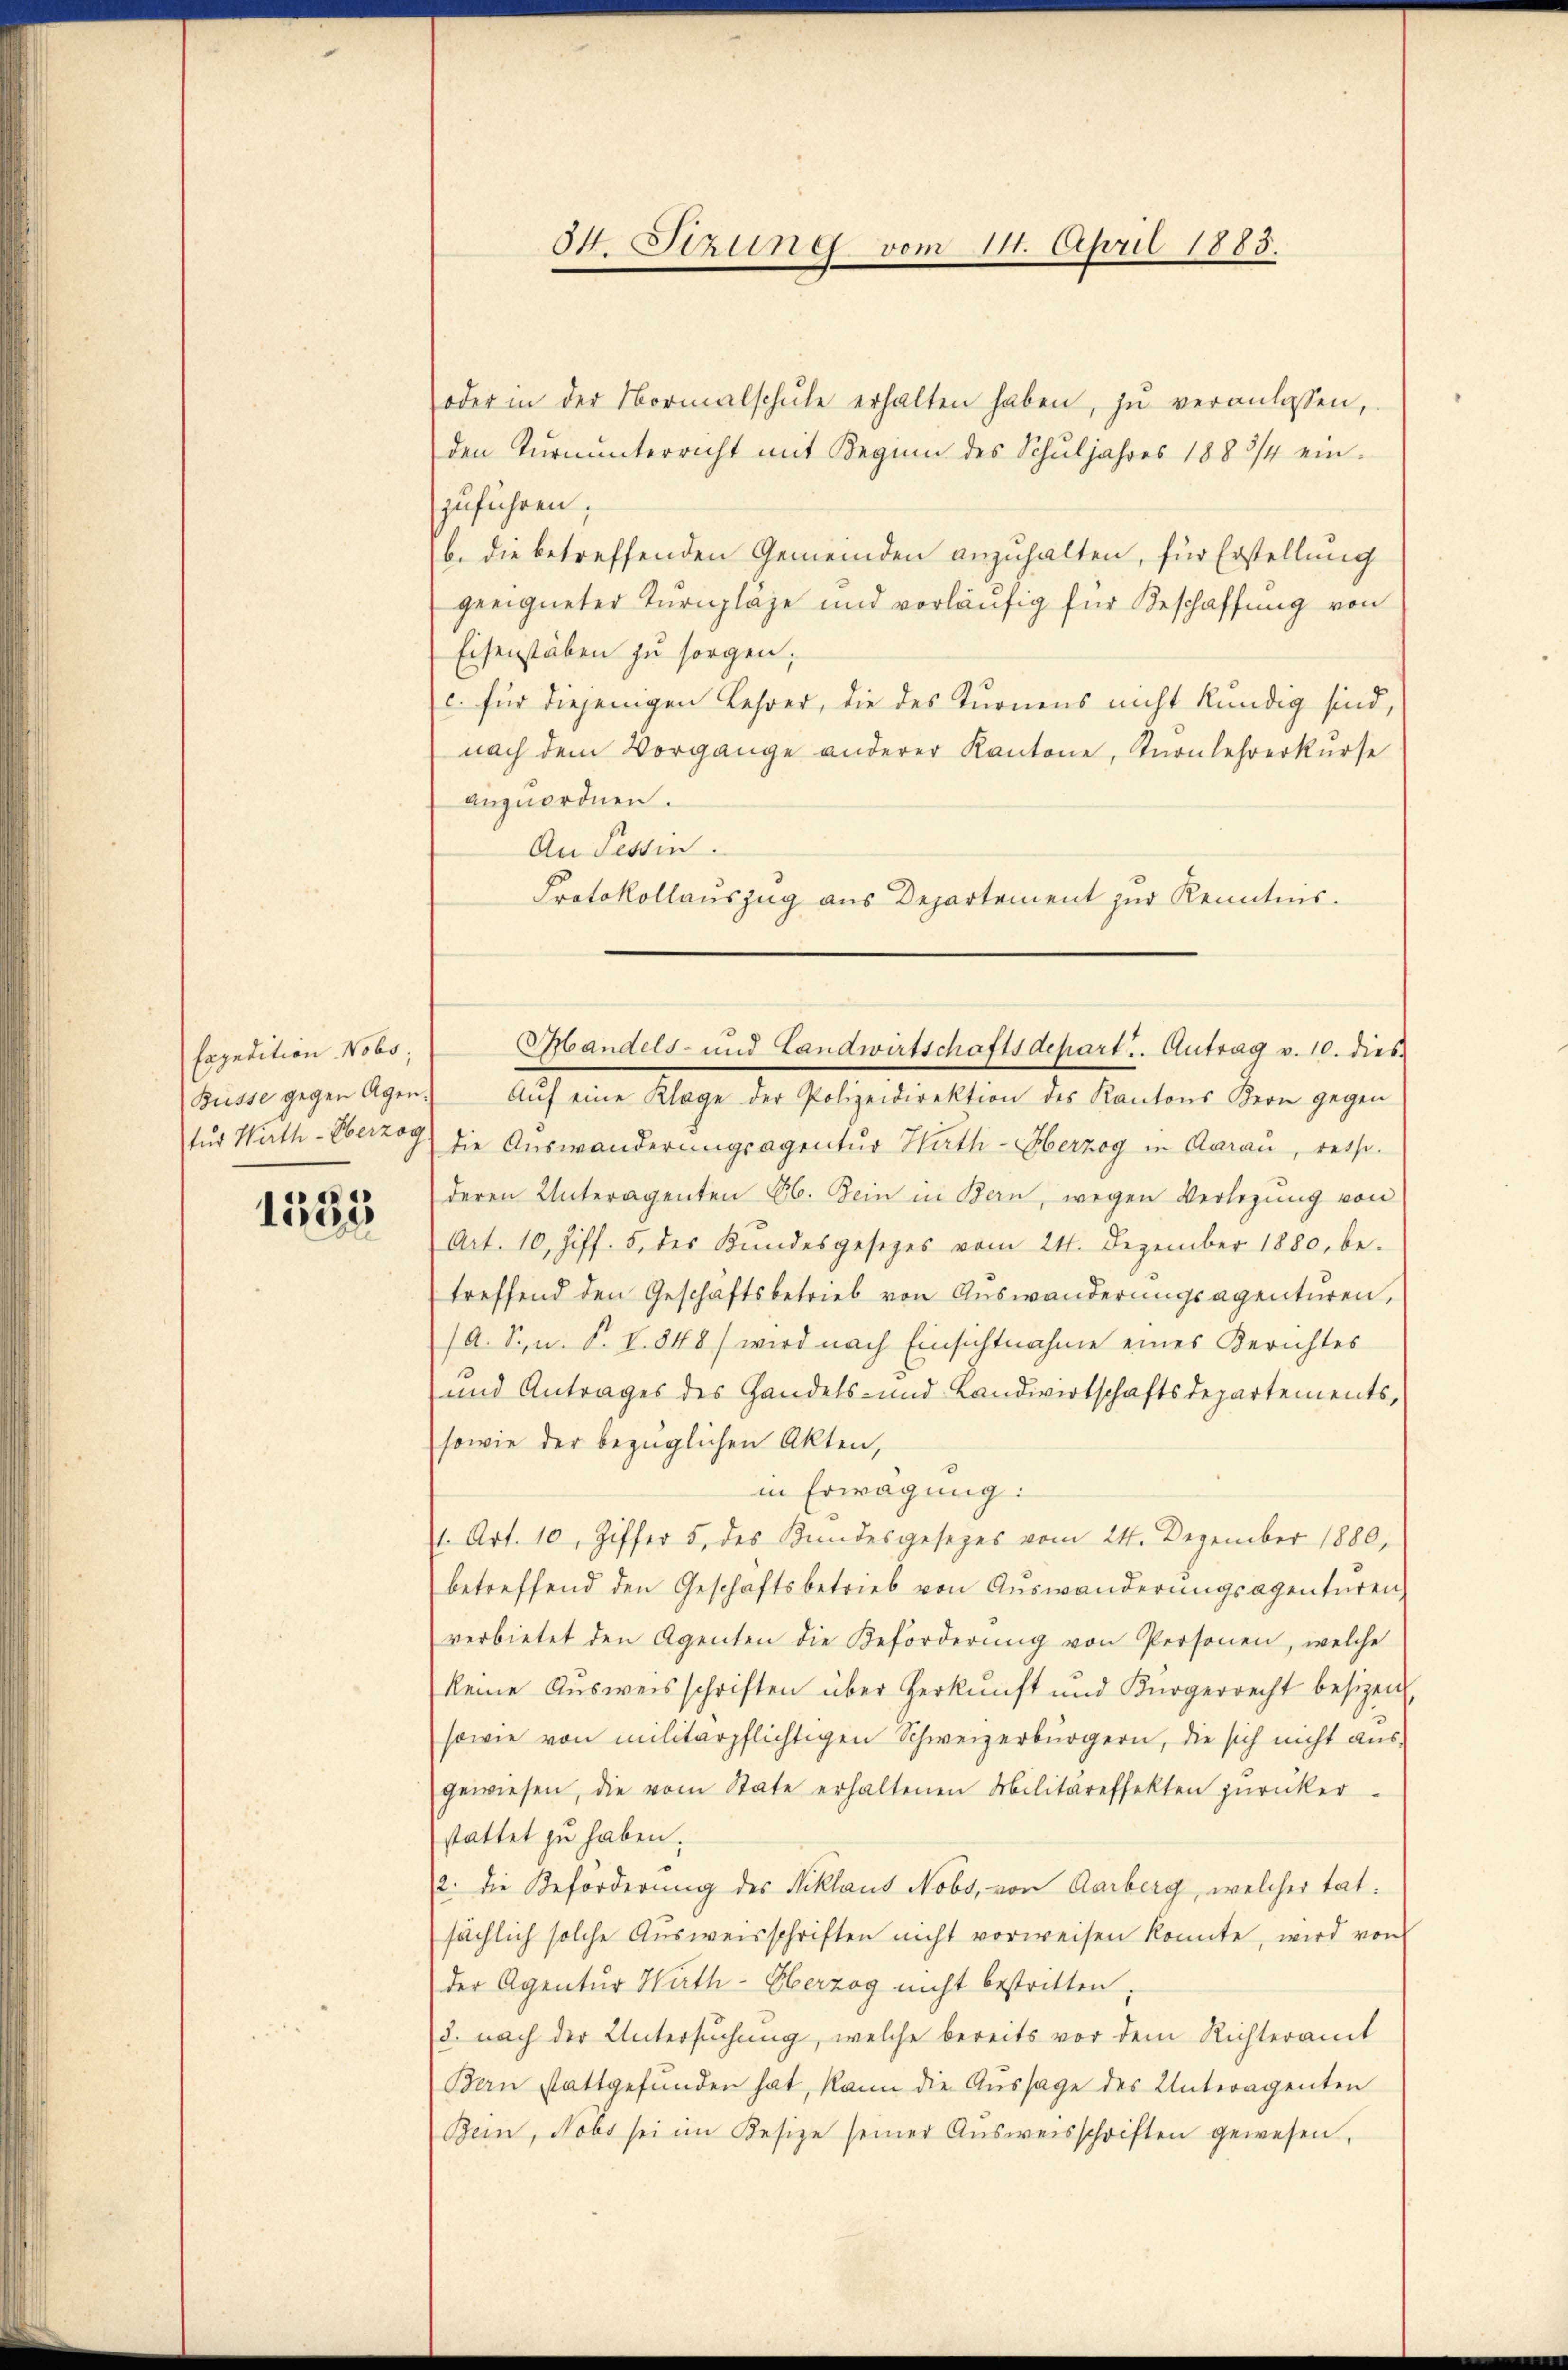
Expedition Nobo;
Büsse gegen Agen.

11253

O. Szunes vom 14. April 1885.

oder in der Normalschŭle erhalten haben, zŭ veranlassen,
den Tŭrnŭnterricht mit Reginn des Schuljahres 1883/4 einzuführen;
b. die betreffenden Gemeinden anzuhalten, für Erstellung
geeigneter Turnpläge und vorläufig für Beschaffung von
Eisenstäben zu sorgen,
c. für diejenigen Lehrer, die des Turnens nicht kundig sind,
nach dem Vorgange anderer Kantone, Knonlehrerkŭrse
anzuordnen.
An Tessin.
Aŭf eine Klage der Polizeidirektion des Kantons Kern gegen
sud Wirth-Überzog die Auswanderungsagentur Hath- Herzog in Aarau, resse.
deren Unteragenten E. Bein in Bern, wegen Verlegung von
Art. 10, Ziff. 5. des Kundesgesetzes vom 24. Dezember 1880, be-
treffend den Geschäftsbetrieb von Auswanderungsagenturen,
/A. S. u. P. V. 848) wird nach Einsichtnahme eines Berichtes
und Antrages des Handels- und Landwirtschaftsdepartements,
sowie der bezüglichen Akten,
in Erwägung:
1. Art. 10, Ziffer 5. des Kundesgesezes vom 24. Dezember 1880,
betreffend den Geschäftsbetrieb von Auswanderungsagenturen
verbietet den Agenten die Beförderŭng von Personen, welche
keine Aŭsweisschriften über Herkunft und Bürgerrecht besizen
sowie von militärpflichtigen Schweizerbürgern, die sich nicht ausgewiesen, die vom State erhaltenen Militäreffekten zŭrücker-
stattet zu haben.
2. die Beförderung des Niklaus Nobs, von Aarberg, welcher tatsächlich solche Ausweisschriften nicht vorweisen konnte, wird von
der Agentur Wirth-Oberzog nicht bestritten;
8. nach der Untersuchung, welche bereits vor dem Richteramt
Bern stattgefunden hat, kann die Aussage des Unteragenten
Bein, Nobs sei im Kesize seiner Aŭsweisschriften gewesen,

Protokollauszug aus Departement zur Kenntnis.

Handels- und Landwirtschaftsdepart. Antrag v. 10. dies